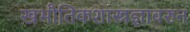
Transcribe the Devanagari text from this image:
खभौतिकशास्त्रज्ञावरुन